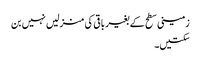
زمینی سطح کے بغیر باقی کی منزلیں نہیں بن
سکتیں۔